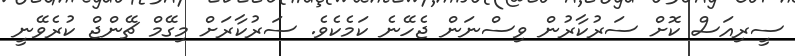
ސީރިއަސް ކޮށް ސަރުކާރުން ވިސްނަން ޖެހޭނެ ކަމެކެވެ. ސަރުކާރަށް މިގޭމް ޗޭންޖް ކުރެވޭނީ